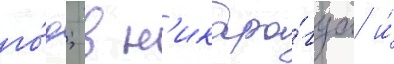
го́д; в н'икара́гуа и́